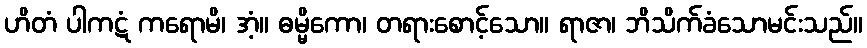
ဟိတံ ပါကဋံ ကရောမိ၊ အံ့။ ဓမ္မိကော၊ တရားစောင့်သော။ ရာဇာ၊ ဘိသိက်ခံသောမင်းသည်။